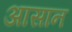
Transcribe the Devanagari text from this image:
अासान